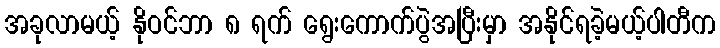
အခုလာမယ့် နိုဝင်ဘာ ၈ ရက် ရွေးကောက်ပွဲအပြီးမှာ အနိုင်ရခဲ့မယ့်ပါတီက